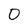
Character: 0